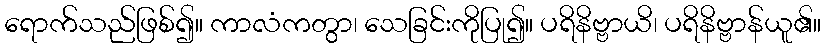
ရောက်သည်ဖြစ်၍။ ကာလံကတွာ၊ သေခြင်းကိုပြု၍။ ပရိနိဗ္ဗာယိ၊ ပရိနိဗ္ဗာန်ယူ၏။